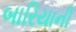
બારિયાની